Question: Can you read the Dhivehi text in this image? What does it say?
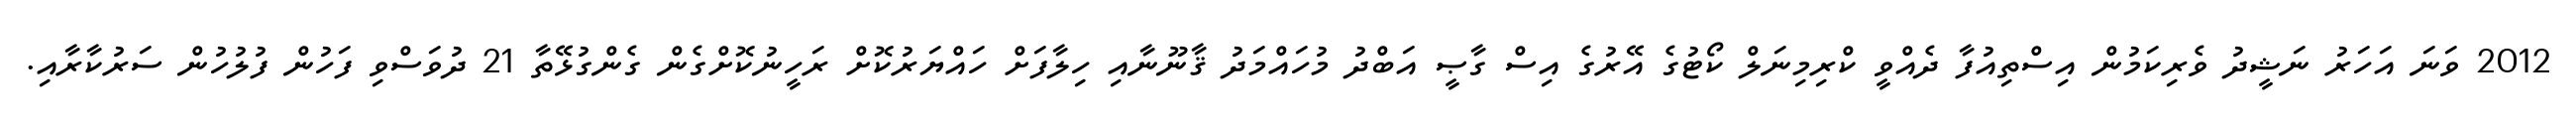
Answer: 2012 ވަނަ އަހަރު ނަޝީދު ވެރިކަމުން އިސްތިއުފާ ދެއްވީ ކްރިމިނަލް ކޯޓުގެ އޭރުގެ އިސް ގާޞީ އަބްދު މުހައްމަދު ޤާނޫނާއި ހިލާފަށް ހައްޔަރުކޮށް ރަހީނުކޮށްގެން ގެންގުޅޭތާ 21 ދުވަސްވި ފަހުން ފުލުހުން ސަރުކާރާއި.